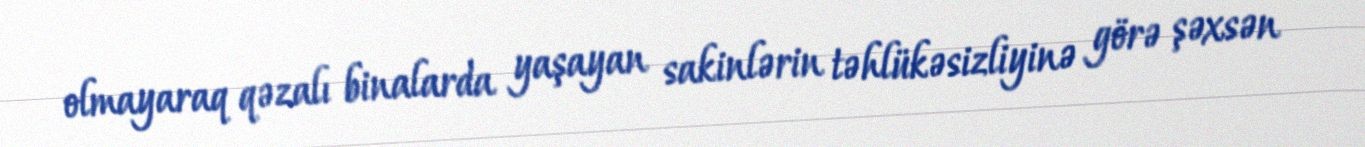
olmayaraq qəzalı binalarda yaşayan sakinlərin təhlükəsizliyinə görə şəxsən